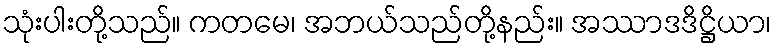
သုံးပါးတို့သည်။ ကတမေ၊ အဘယ်သည်တို့နည်း။ အဿာဒဒိဋ္ဌိယာ၊